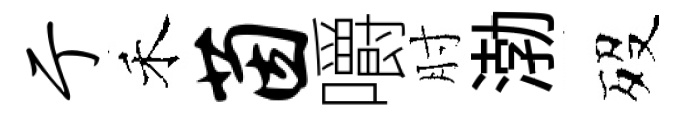
亍禾茵嚼肘渤歿